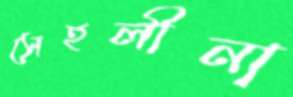
সেহলীনা